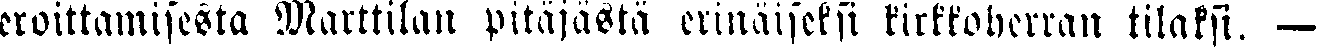
eroittamisesta Marttilan pitäjästä erinäiseksi kirkkoherran tilaksi. —